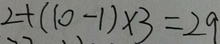
2 + ( 1 0 - 1 ) \times 3 = 2 9